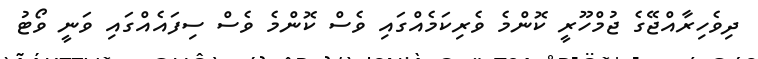
ދިވެހިރާއްޖޭގެ ޖުމްހޫރީ ކޮންމެ ވެރިކަމެއްގައި ވެސް ކޮންމެ ވެސް ސިފައެއްގައި ވަނީ ވޯޓު